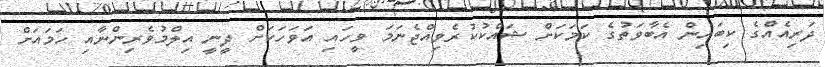
ދަރިއެއްގެ ކިބައިން އެބާވަތުގެ ކަމަކަށް ޝައްކުކުރެވިއްޖެނަމަ ވީހައި އަވަހަކަށް ދީނީ އިލްމުވެރިންނާއި ހަމައަށް